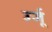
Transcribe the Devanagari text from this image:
उर्जू